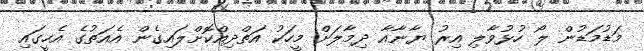
މަޑުމަޑުން ލޯ ހުޅުވާލި އިރު ޔާނާއާ ދިމާލަށް މީހަކު އަތްދިއްކޮށްލައިގެން އެއަތުގެ އެހީގައި